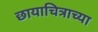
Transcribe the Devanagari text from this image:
छायाचित्राच्या